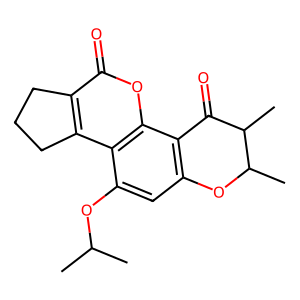
SMILES: CC(C)Oc1cc2c(c3oc(=O)c4c(c13)CCC4)C(=O)C(C)C(C)O2
Inhibits HIV replication: No